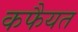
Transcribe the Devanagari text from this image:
कफैयत